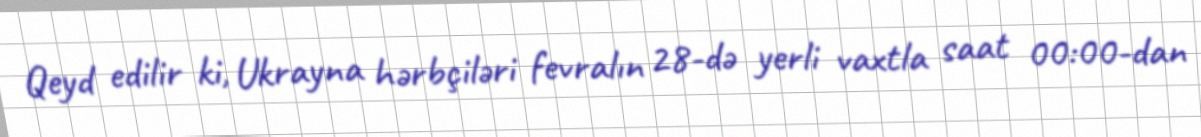
Qeyd edilir ki, Ukrayna hərbçiləri fevralın 28-də yerli vaxtla saat 00:00-dan